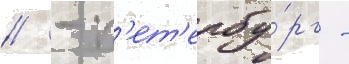
// - п'ет'ербу́рг -